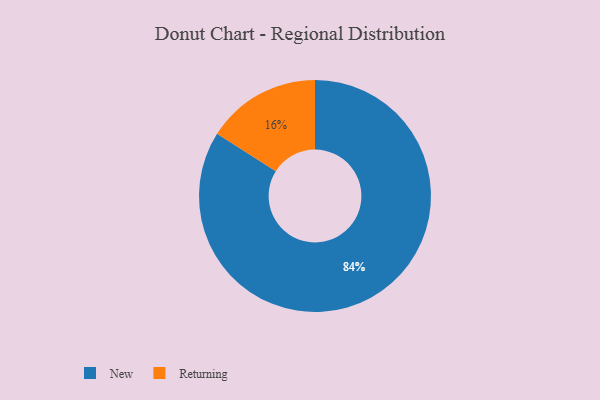
{"axis": {"x": "Category", "y": "Percentage"}, "legend": ["New", "Returning"], "data": [{"x": "Returning", "y": 16, "type": "Returning"}, {"x": "New", "y": 84, "type": "New"}]}